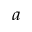
_ a